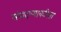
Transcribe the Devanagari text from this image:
संपादण्याकरिता